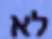
לא